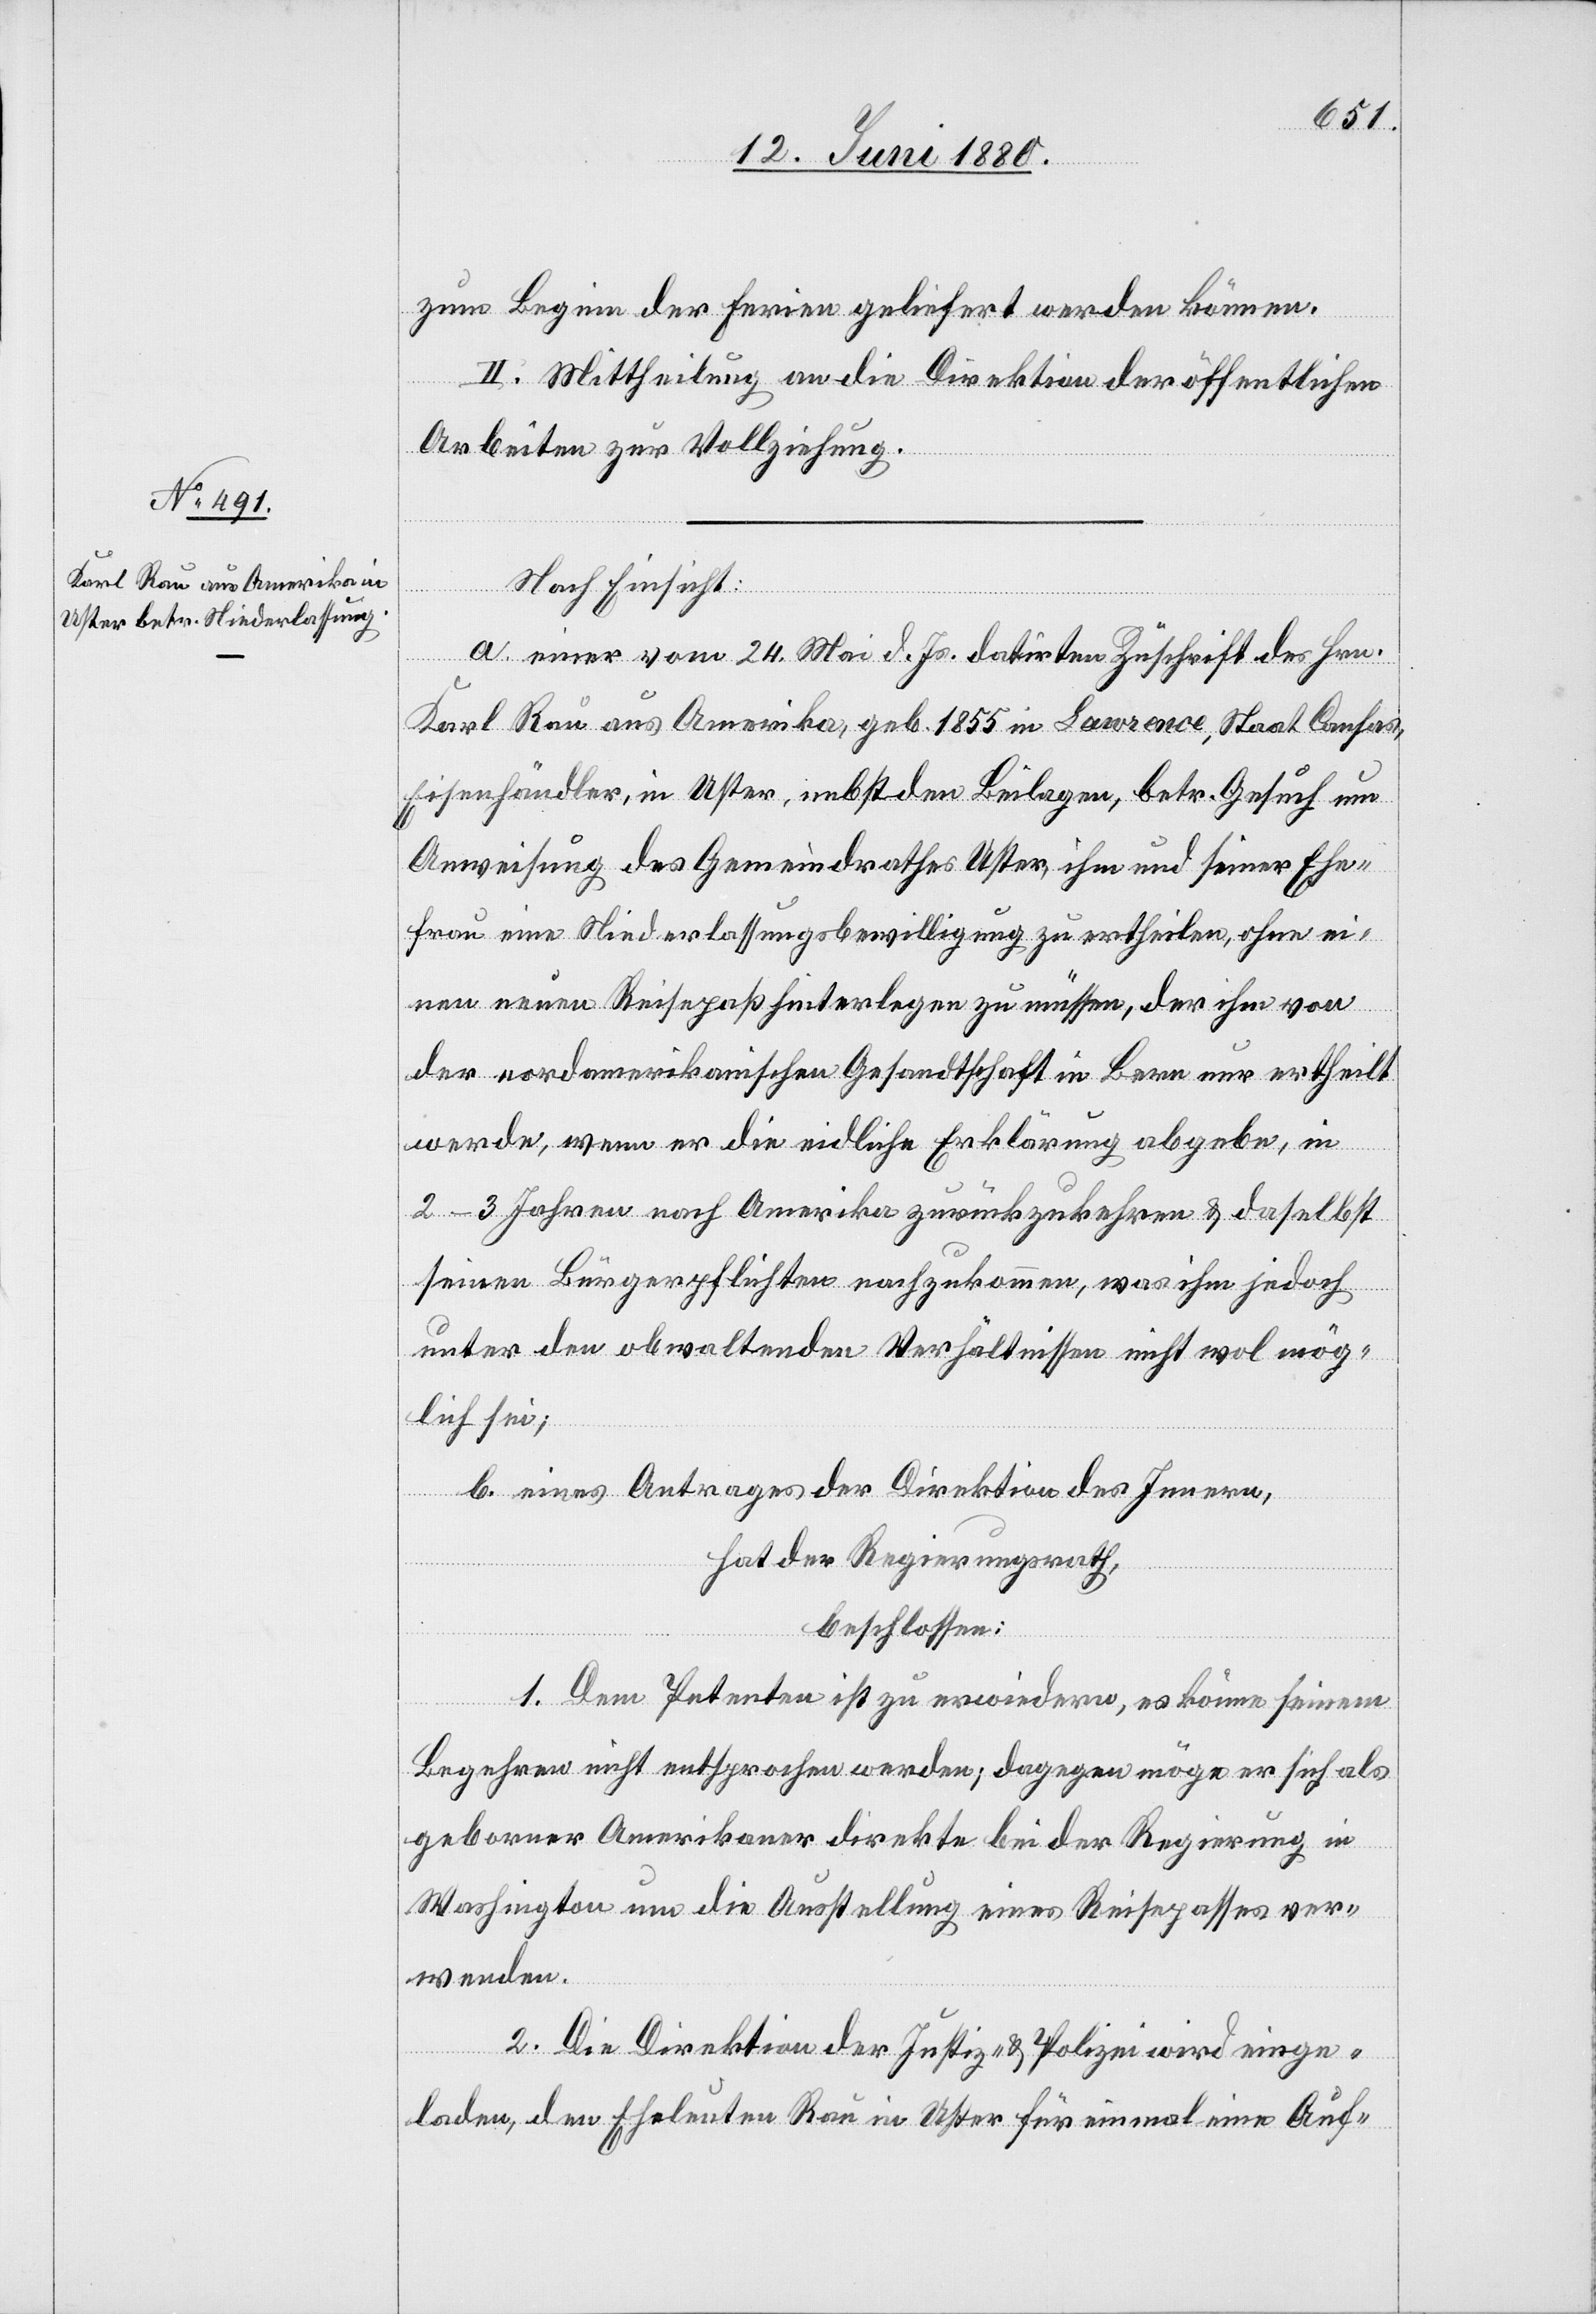
zum Beginn der Ferien geliefert werden können.
II. Mittheilung an die Direktion der öffentlichen
Arbeiten zur Vollziehung.
Nach Einsicht:
a. einer vom 24. Mai d. Js. datirten Zuschrift des Hrn.
Karl Rau aus Amerika, geb. 1855 in Lawrence, Staat Cansas,
Eisenhändler, in Uster, nebst den Beilagen, betr. Gesuch um
Anweisung des Gemeindrathes Uster, ihm und seiner Ehe¬
frau eine Niederlassungsbewilligung zu ertheilen, ohne ei¬
nen neuen Reisepaß hinterlegen zu müssen, der ihm von
der nordamerikanischen Gesandtschaft in Bern nur ertheilt
werde, wenn er die eidliche Erklärung abgebe, in
2–3 Jahren nach Amerika zurückzukehren & daselbst
seinen Bürgerpflichten nachzukommen, was ihm jedoch
unter den obwaltenden Verhältnissen nicht wol mög¬
lich sei;
b. eines Antrages der Direktion des Innern,
hat der Regierungsrath,
beschlossen:
1. Dem Petenten ist zu erwiedern, es könne seinem
Begehren nicht entsprochen werden; dagegen möge er sich als
geborner Amerikaner direkte bei der Regierung in
Washington um die Ausstellung eines Reisepasses ver¬
wenden.
2. Die Direktion der Justiz & Polizei wird einge¬
laden, den Eheleuten Rau in Uster für einmal eine Auf-